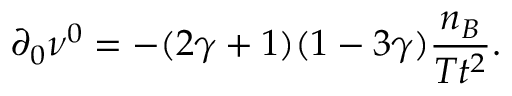
\partial _ { 0 } \nu ^ { 0 } = - ( 2 \gamma + 1 ) ( 1 - 3 \gamma ) \frac { n _ { B } } { T t ^ { 2 } } .